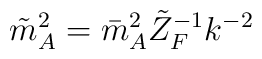
\tilde m^2_A=\bar m^2_A\tilde Z_F^{-1}k^{-2}